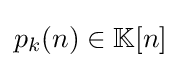
{\textstyle p_{k}(n)\in \mathbb {K} [n]}